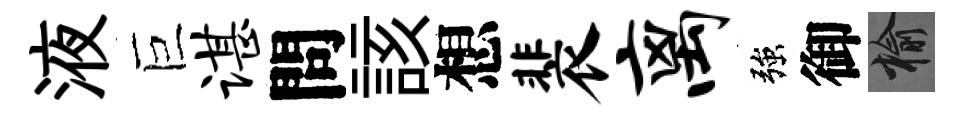
液巨谌問該想裴离強御榆